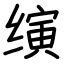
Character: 𬙂